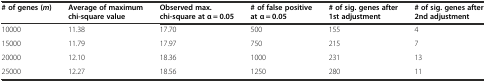
| # of genes (m) | Average of maximum chi-square value | Observed max. chi-square at α = 0.05 | # of false positive at α = 0.05 | # of sig. genes after 1st adjustment | # of sig. genes after 2nd adjustment |
 | --- | --- | --- | --- | --- | --- |
 | 10000 | 11.38 | 17.70 | 500 | 155 | 4 |
 | 15000 | 11.79 | 17.97 | 750 | 215 | 7 |
 | 20000 | 12.10 | 18.36 | 1000 | 231 | 13 |
 | 25000 | 12.27 | 18.56 | 1250 | 280 | 11 |